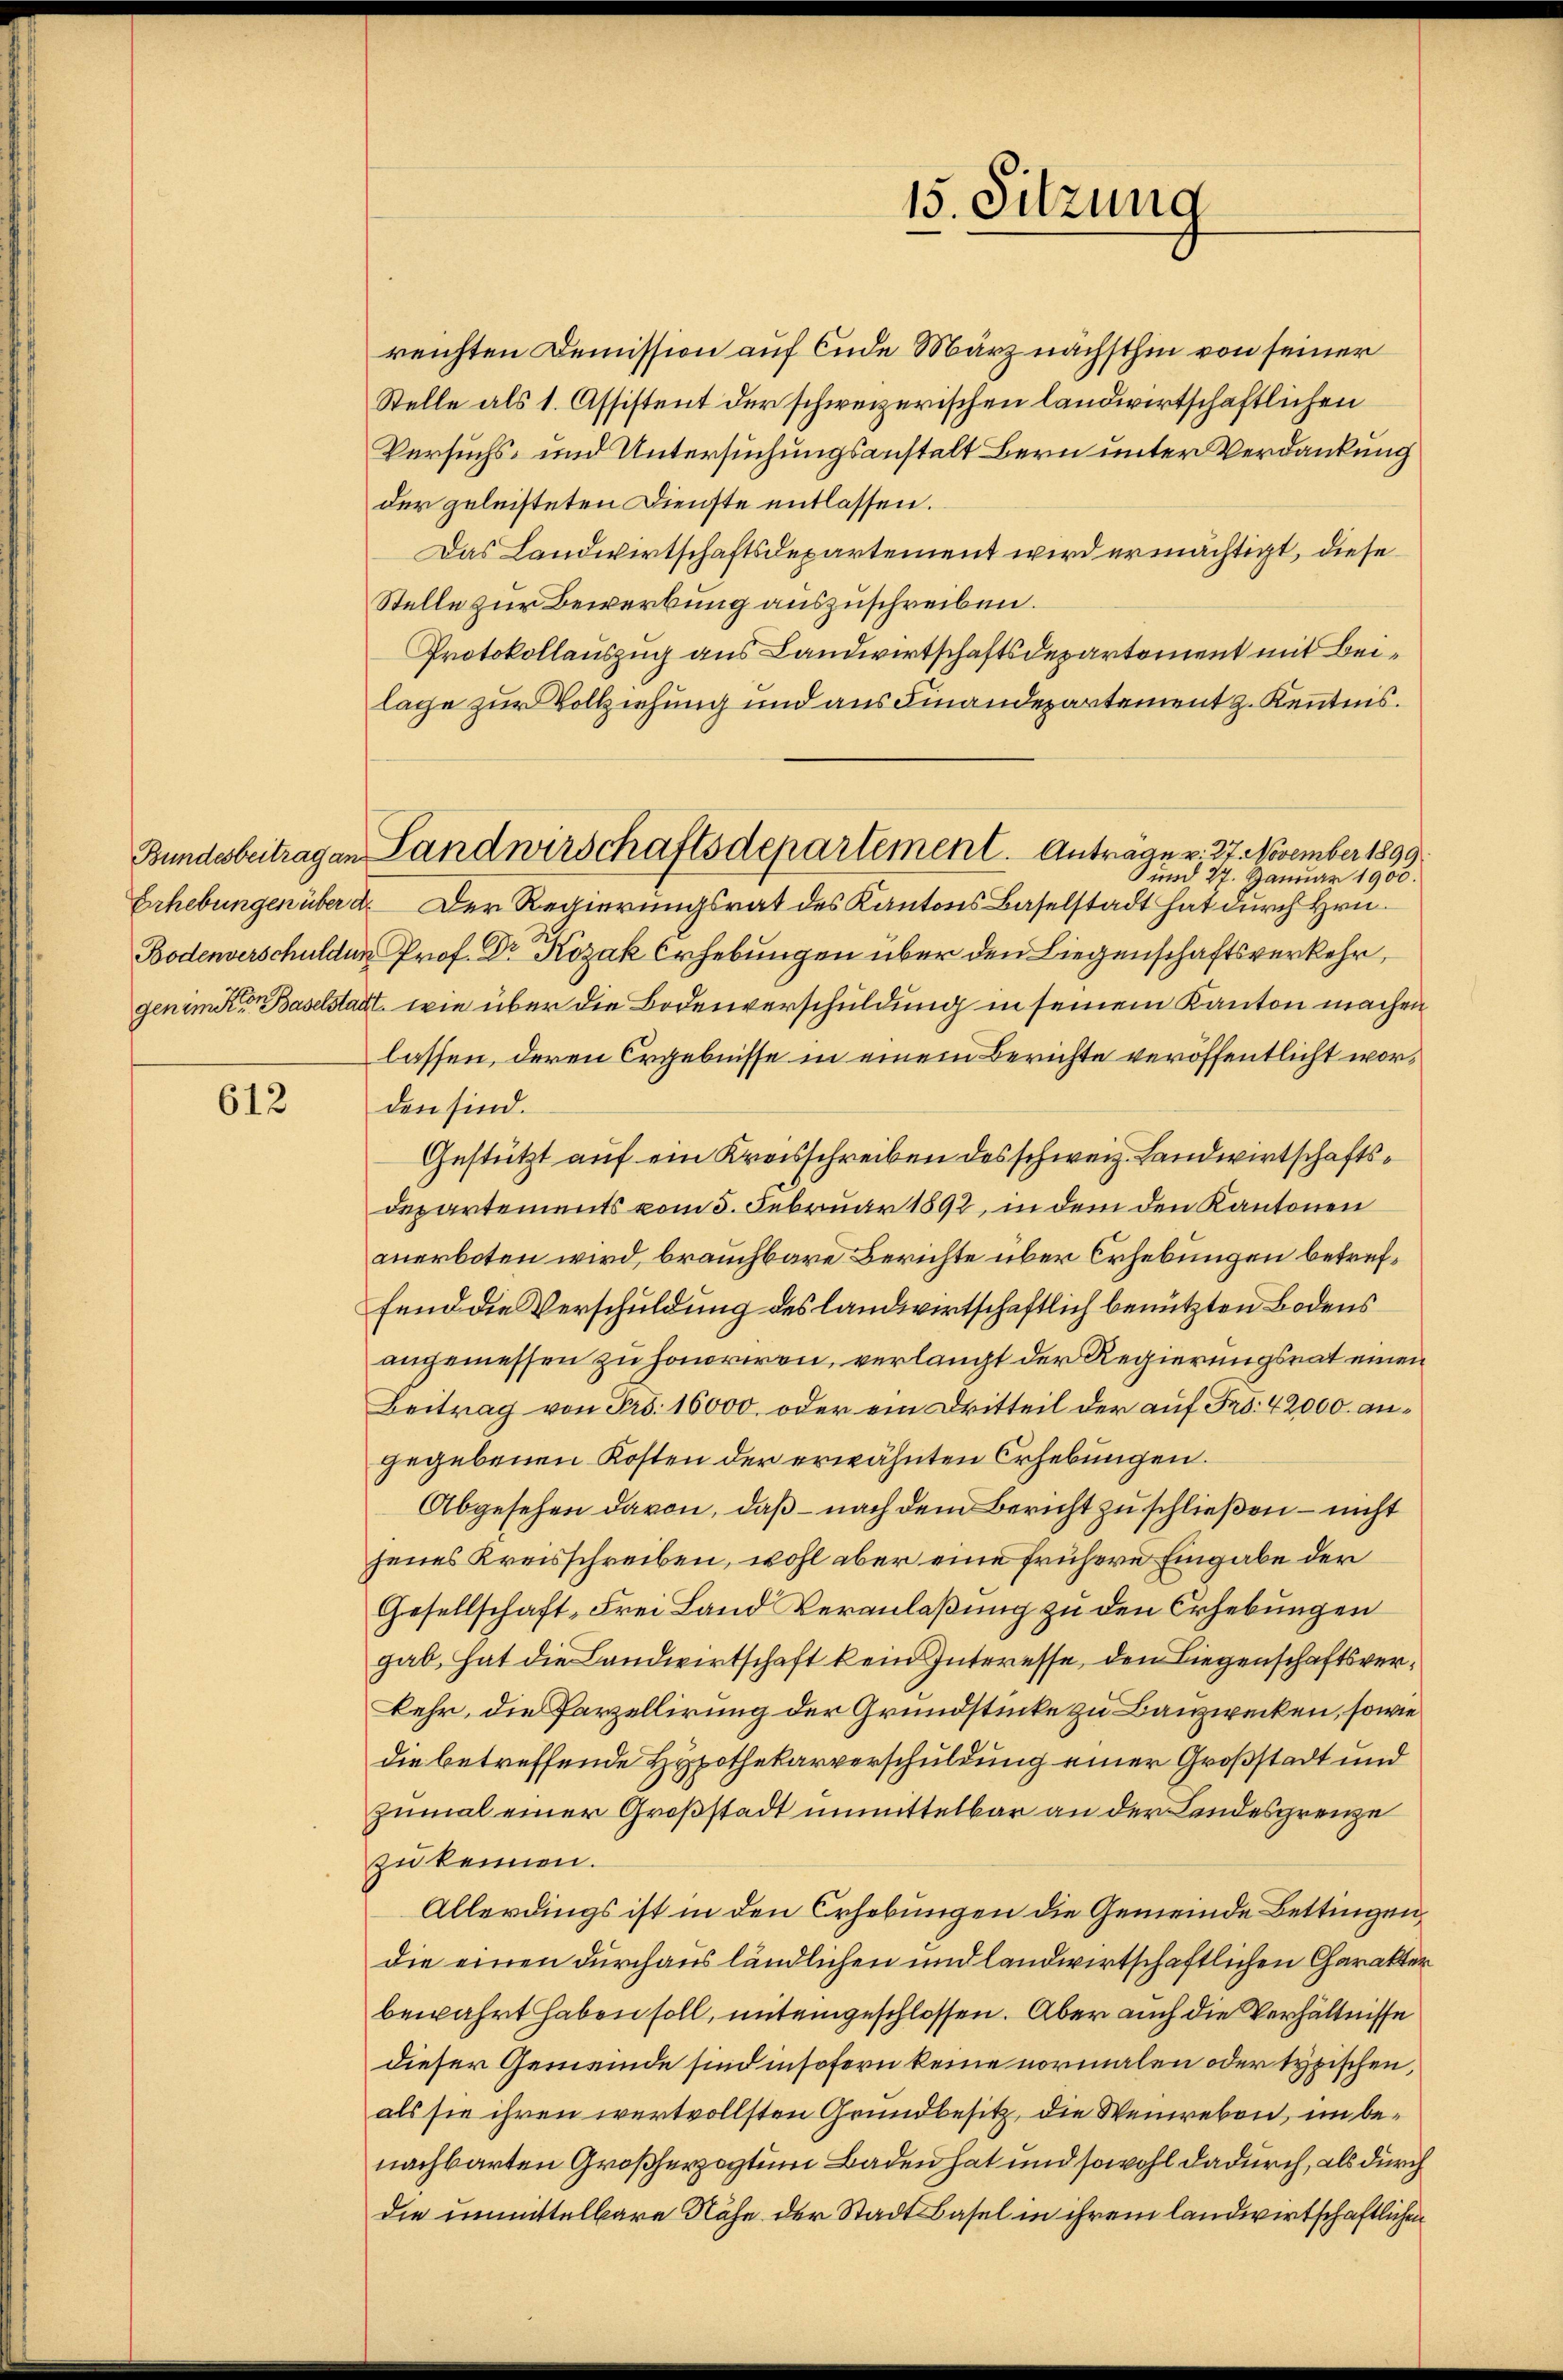
612

reichten Demission auf Ende März nächsthin von seiner
Stelle als 1. Assistent der schweizerischen landwirtschaftlichen
Versuchs- und Untersuchungsanstalt Bern unter Verdankung
der geleisteten Dienste entlassen.
Das Landwirtschaftsdepartement wird ermächtigt, diese
Stelle zur Bewerbung auszuschreiben.
Protokollauszug aus Landwirtschaftsdepartement mit Beilage zur Vollziehung und aus Finandepartement z. Kenntnis.
und 27. Januar 1900.
Erhebungen über d. Der Regierungsrat des Kantons Baselstadt hat durch Hrn.
Bodenverschulden Prof. Dr Kozak Erhebungen über den Liegenschaftsverkehr,
genimeter Baselstadt, wie über die Bodenverschuldung in seinem Kanton machen
lassen, deren Ergebnisse in einem Berichte veröffentlicht worden sind.
Gestützt auf ein Kreisschreiben des schweiz. Landwirtschafts¬
Departements vom 5. Februar 1892, in dem den Kantonen
anerboten wird, brauchbare Berichte über Erhebungen betreffend die Verschuldung des landwirtschaftlich benützten Bodens
angemessen zu honoriren, verlangt der Regierungsrat einen
Beitrag von Frs. 16000 oder ein Dritteil der auf Fr. 42000. angegebenen Kosten der erwähnten Erhebungen.
Abgesehen davon, daß – nach dem Bericht zu schließen – nicht
jenes Kreisschreiben, wohl aber eine frühere Eingabe der
Gesellschaft, Frei Land Veranlaßung zu den Erhebungen
gab, hat die Landwirtschaft kein Interesse, den Liegenschaftsverkehr, die Parzellirung der Grundstücke zu Bauzwecken, sowie
die betreffende Hypothekarverschuldung einer Großstadt und
zumal einer Großstadt unmittelbar an der Landesgrenze
zu kennen.
Allerdings ist in den Erhebungen die Gemeinde Bettingen,
die einen durchaus ländlichen und landwirtschaftlichen Charakter
bewahrt haben soll, mit eingeschlossen. Aber auch die Verhältnisse
dieser Gemeinde sind insofern keine normalen oder typischen,
als sie ihren wertvollsten Grundbesitz, die Weinreben, im benachbarten Großherzogtum Baden hat und sowohl dadurch, als durch
die unmittelbare Nähe der Stadt Basel in ihrem landwirtschaftlichen

Bundesbeitragen Land wirschaftsdepartement. Anträge v. 27. November 1899

15. Sitzung